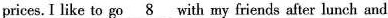
prices. I like to go\underline{8} with my friends after lunch and